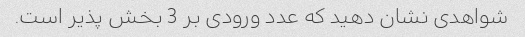
شواهدی نشان دهید که عدد ورودی بر 3 بخش پذیر است.